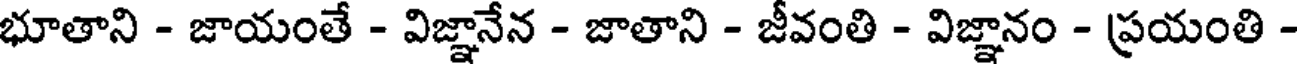
భూతాని - జాయంతే - విజ్ఞానేన - జాతాని - జీవంతి - విజ్ఞానం - ప్రయంతి -